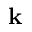
\mathbf { k }